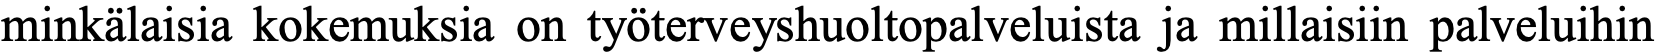
minkälaisia kokemuksia on työterveyshuoltopalveluista ja millaisiin palveluihin